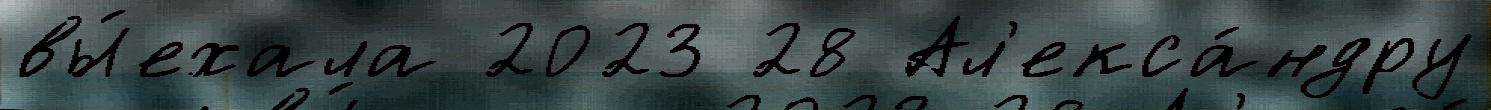
вы́ехала 2023 28 Ал'екса́ндру